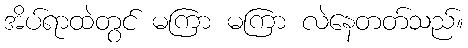
အိပ်ရာထဲတွင် မကြာ မကြာ လဲနေတတ်သည်။